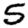
Digit: 5